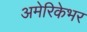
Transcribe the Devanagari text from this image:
अमेरिकेभर